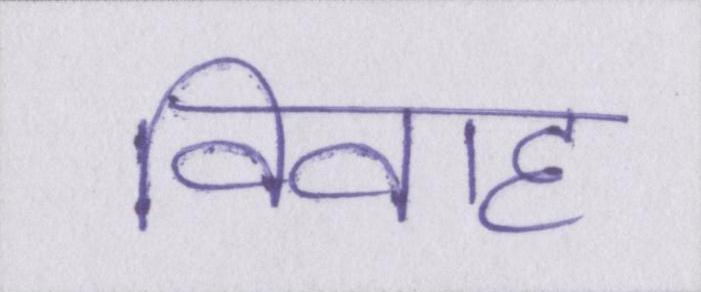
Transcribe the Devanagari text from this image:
विवाह